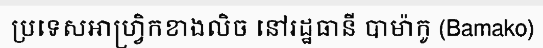
ប្រទេសអាហ្វ្រិកខាងលិច នៅរដ្ឋធានី បាម៉ាកូ (Bamako)